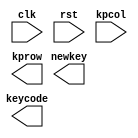
//////////////////////////////////////////////////////////////////////////////////
// Module Name:    keypad 
// Project Name:   Calculator Design Exercise
// Description:    Keypad interface for matrix keypad with 24 keys.
// Keypad layout:  4 x 4 hexadecimal keys on left, 4 x 2 unmarked keys on right
//  column -->  5   4   3   2            1       0
//      row[0]  7   8   9   F           5'h9    5'h1   
//      row[1]  4   5   6   E           5'ha    5'h2   
//      row[2]  1   2   3   D           5'hb    5'h3   
//      row[3]  0   A   B   C           5'hc    5'h4   
//
// Operation:
//    Scans 4 rows of keypad, checking 6 columns for input.
//    Handles debounce, wait for release and key encoding.
//    Outputs newkey signal for 1 clock cycle for each key pressed.
//    Outputs 5-bit code for key:  abcde
//       a = 1 for digit key, with bcde = 4-bit digit value,
//       a = 0 for other key, then b = 1 for column 1, 0 for column 0, 
//										and cde = row number + 1.
//			If no key or invalid key pressed, output is 00000.
//
// Revision 1 - 13 Nov 2011 - modified for 5 MHz clock and reversed column order
// Revision 2 - Oct 2012 - modified for 24-key keypad
// Revision 3 - Oct 2013 - changed comments and key codes
//////////////////////////////////////////////////////////////////////////////////
module keypad(
    input clk,					// clock signal at 5 MHz
    input rst,					// active-high asynchronous reset
    input [5:0] kpcol,			// inputs from keypad columns, 0 on right
    output reg [3:0] kprow, 	// outputs to drive keyad rows, 0 on top
    output newkey,				// high for one cycle for each new keypress
    output reg [4:0] keycode);	// code to represent key - valid during newkey	 

// The hardware of this module is already synthesised, in keypad.ngc
// Include this file and keypad.ngc in your project.

endmodule